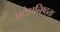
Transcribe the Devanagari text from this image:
प्रदेशनिष्ठता